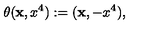
\theta ( { \bf x } , x ^ { 4 } ) : = ( { \bf x } , - x ^ { 4 } ) ,